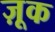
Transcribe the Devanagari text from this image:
ज़ूक